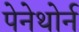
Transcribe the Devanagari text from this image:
पेनेथोर्न